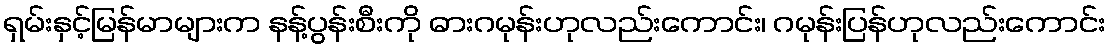
ရှမ်းနှင့်မြန်မာများက နန့်ပွန်းစီးကို ဓားဂမုန်းဟုလည်းကောင်း၊ ဂမုန်းပြန်ဟုလည်းကောင်း